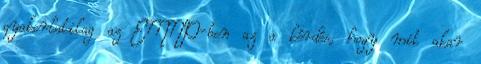
gyakorlatilag az EMNP-ben az a kérdés, hogy mit akar